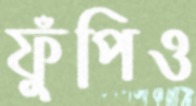
ফুঁপিও